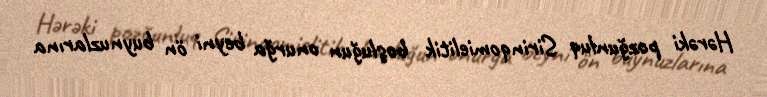
Hərəki pozğunluq Sirinqomielitik boşluğun onurğa beyni ön buynuzlarına